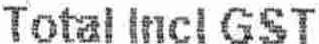
TOTAL INCL GST